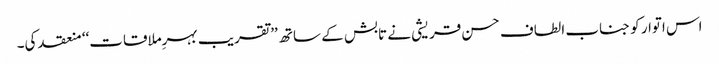
اس اتوار کو جناب الطاف حسن قریشی نے تابش کے ساتھ ’’تقریب بہرِملاقات‘‘ منعقد کی۔